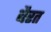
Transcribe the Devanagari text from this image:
बैरत